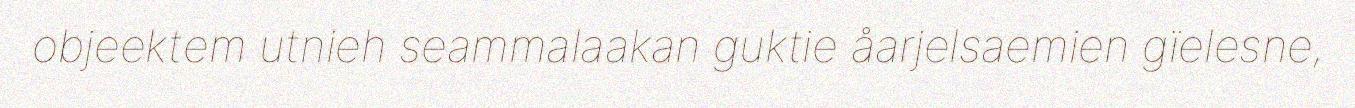
objeektem utnieh seammalaakan guktie åarjelsaemien gïelesne,